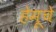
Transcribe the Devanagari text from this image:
हेमूचे